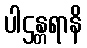
ပါဌန္တရာနိ